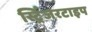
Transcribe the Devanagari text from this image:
स्ट्रिंजरटाइप